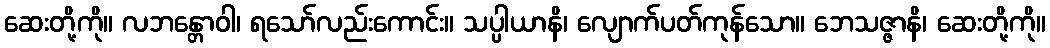
ဆေးတို့ကို။ လဘန္တောဝါ၊ ရသော်လည်းကောင်း။ သပ္ပါယာနိ၊ လျောက်ပတ်ကုန်သော။ ဘေသဇ္ဇာနိ၊ ဆေးတို့ကို။